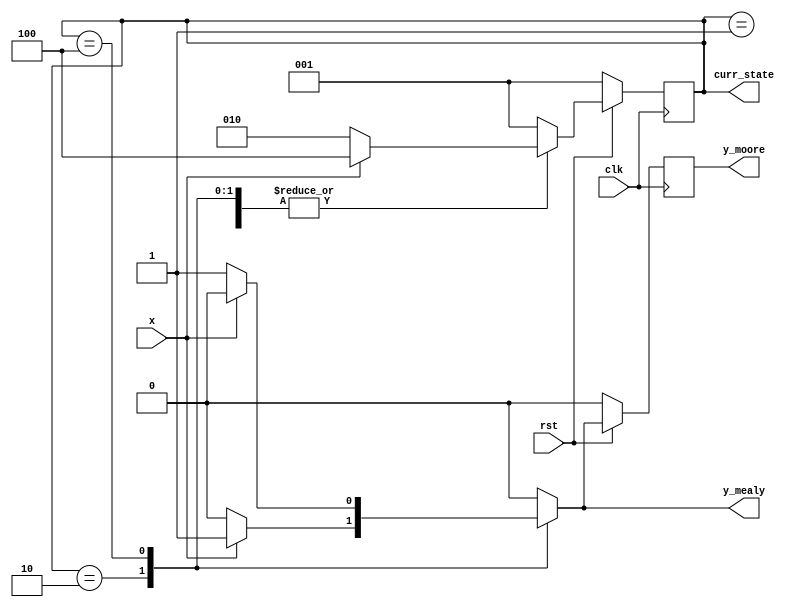
// This code first produces the mealy outputs
// It then registers the  outputs to get moore behaviour

module moore_mealy_01_10_seq_detector(x,clk,rst,curr_state,y_mealy,y_moore);
 input x,clk,rst; 
 output reg y_mealy;  // The output in FSM (Moore or Mealy) needs to be updated in a clocked always block
 output reg y_moore;
 output reg [2:0] curr_state; // packed dimensions will appear before the name of the vector of reg data type 
 
 reg [2:0] next_state; // next_state will be computed in the combinational always block
 
 always@(posedge clk)
   begin
      if(rst == 0)
       begin
          curr_state <= 3'b001;
          y_moore    <= 1'b0;
       end
      else  
        begin       
          curr_state <= next_state;
          y_moore    <= y_mealy;
        end
   end

always@(*)
   begin
      case(curr_state)
        3'b001:                    // Reset Case
           begin
             y_mealy = 1'b0;
             next_state = (x==0) ? 3'b010 : 3'b100;
           end
        3'b010:
           begin
             y_mealy = (x == 0) ? 1'b0 : 1'b1; 
             next_state = (x==0) ? 3'b010 : 3'b100;  
           end
        3'b100:
           begin
             y_mealy = (x == 0) ? 1'b1 : 1'b0;
             next_state = (x==0) ? 3'b010 : 3'b100;
           end
        default:
           begin
             y_mealy = 1'b0;             // reset the output to 0
             next_state = 3'b001;  //reset
           end
      endcase
   end

endmodule